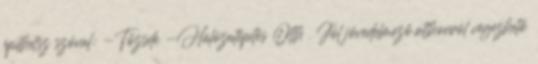
építhetsz szóval: -Tőzsde -Hálózatépítés Otth . Jól jövedelmező,otthonról végezhető